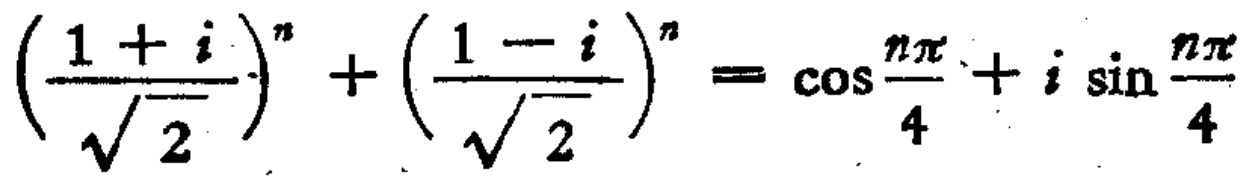
$\left(\frac{1 + i}{\sqrt{2}}\right)^{n}+\left(\frac{1 - i}{\sqrt{2}}\right)^{n}=\cos\frac{n\pi}{4}+i\sin\frac{n\pi}{4}$